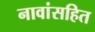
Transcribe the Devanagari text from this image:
नावांसहित